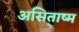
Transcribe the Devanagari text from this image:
असिताष्म